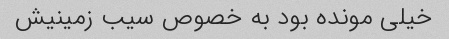
خیلی مونده بود به خصوص سیب زمینیش